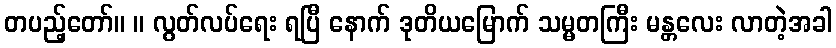
တပည့်တော်။ ။ လွတ်လပ်ရေး ရပြီ နောက် ဒုတိယမြောက် သမ္မတကြီး မန္တလေး လာတဲ့အခါ